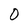
Character: 0